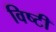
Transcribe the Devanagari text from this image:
विष्टी